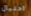
احتيال